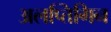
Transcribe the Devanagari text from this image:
अलप्तिगिन